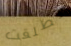
تطلقت